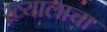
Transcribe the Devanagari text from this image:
ख्यालाचा